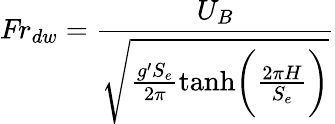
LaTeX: \textit{Fr}_{dw}=\frac{{U}_{B}}{\sqrt{\frac{g^{\prime}S_{e}}{2\pi}\mathrm{tanh}\biggl(\frac{2\pi H}{S_{e}}\biggl)}}